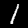
Label: 1